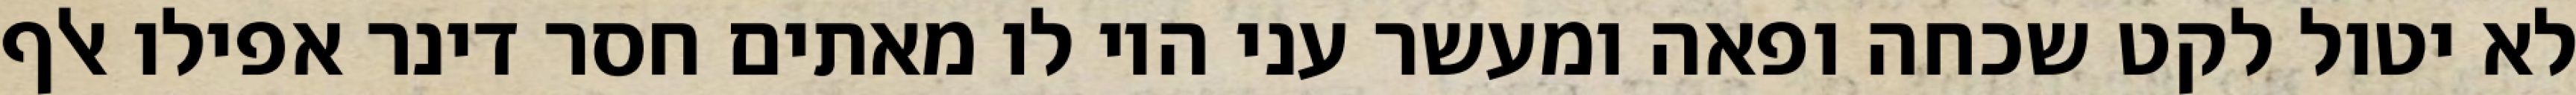
לא יטול לקט שכחה ופאה ומעשר עני היו לו מאתים חסר דינר אפילו אלף